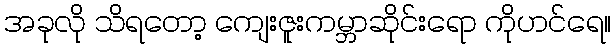
အခုလို သိရတော့ ကျေးဇူးကမ္ဘာဆိုင်းရော ကိုဟင်ရေ။